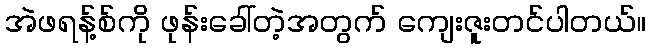
အဲဖရန့်စ်ကို ဖုန်းခေါ်တဲ့အတွက် ကျေးဇူးတင်ပါတယ်။